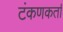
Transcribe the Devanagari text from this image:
टंकणकर्ता